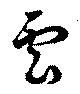
雲